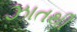
ઝાતથી